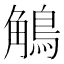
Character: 鵤